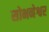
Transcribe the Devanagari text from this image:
सोभनेश्वर